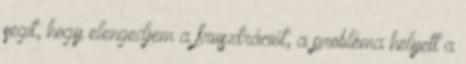
segít, hogy elengedjem a frusztrációt, a probléma helyett a